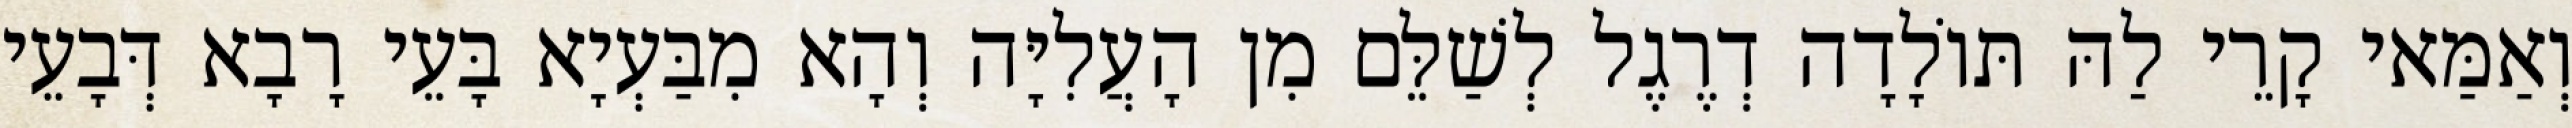
וְאַמַּאי קָרֵי לַהּ תּוֹלָדָה דְרֶגֶל לְשַׁלֵּם מִן הָעֲלִיָּה וְהָא מִבַּעְיָא בָּעֵי רָבָא דְּבָעֵי